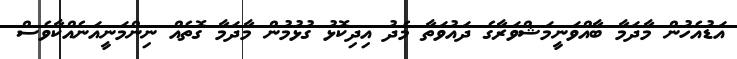
އަޑުއެހުން މާދަމާ ބާއްވަނީމަޝްވަރާގެ ދައުވަތާ މެދު އިދިކޮޅު ގުޅުމުން މާދަމާ ގޮތެއް ނިންމަނީއަނެއްކާވެސް